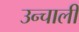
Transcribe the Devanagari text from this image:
उन्चाली